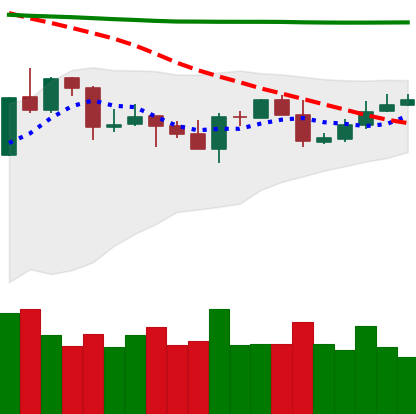
Ticker: XRP-USD
Chart end date: 2020-04-25
Forward return: 9.078%
Label: up_7plus